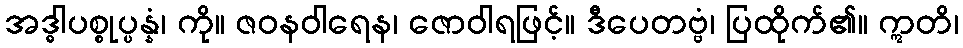
အဒ္ဓါပစ္စုပ္ပန္နံ၊ ကို။ ဇဝနဝါရေန၊ ဇောဝါရဖြင့်။ ဒီပေတဗ္ဗံ၊ ပြထိုက်၏။ ဣတိ၊